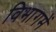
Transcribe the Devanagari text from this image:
विभागमें